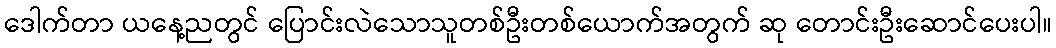
ဒေါက်တာ ယနေ့ညတွင် ပြောင်းလဲသောသူတစ်ဦးတစ်ယောက်အတွက် ဆု တောင်းဦးဆောင်ပေးပါ။